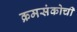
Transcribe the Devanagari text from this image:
क्रमसंकोची